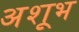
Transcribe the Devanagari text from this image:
अशूभ